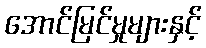
အောင်မြင်မှုများနှင့်